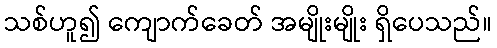
သစ်ဟူ၍ ကျောက်ခေတ် အမျိုးမျိုး ရှိပေသည်။